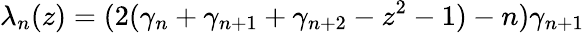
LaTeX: \lambda_{n}(z)=(2(\gamma_{n}+\gamma_{n+1}+\gamma_{n+2}-z^{2}-1)-n)\gamma_{n+1}